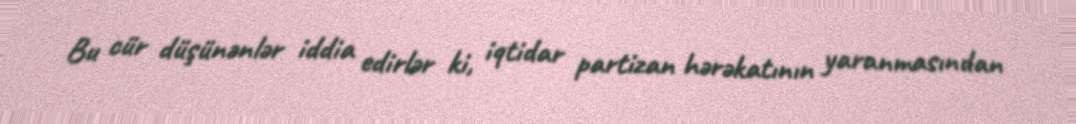
Bu cür düşünənlər iddia edirlər ki, iqtidar partizan hərəkatının yaranmasından